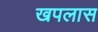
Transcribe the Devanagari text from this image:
खपलास